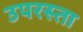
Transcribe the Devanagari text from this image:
उपरस्ता